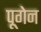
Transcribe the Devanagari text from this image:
पूगेन